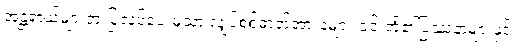
အန္တရာယ်များတဲ့ ပြုလုပ်ပေးမှသာ လျှပ်စစ်ဓာတ်အားခများ ၎င်းတို့၏ပြဿနာများနှင့်